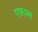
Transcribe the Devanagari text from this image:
एफ्राव्ग